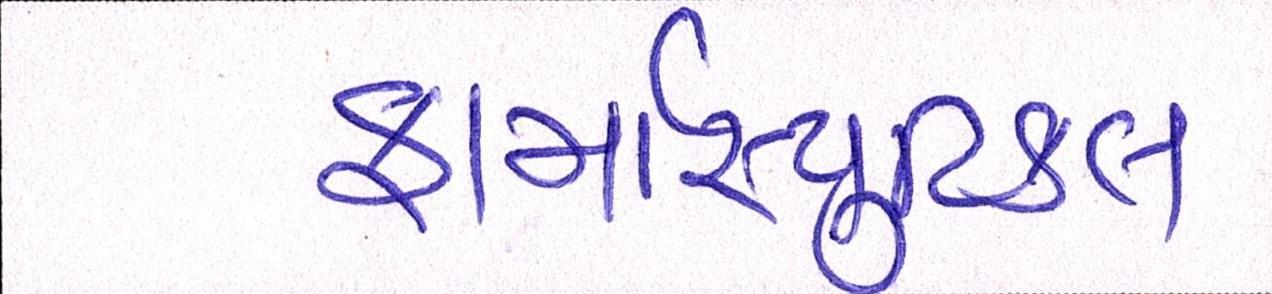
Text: ફાર્માસ્યુટિકલ